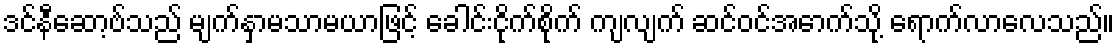
ဒင်နီဆော့ဗ်သည် မျက်နှာမသာမယာဖြင့် ခေါင်းငိုက်စိုက် ကျလျက် ဆင်ဝင်အောက်သို့ ရောက်လာလေသည်။